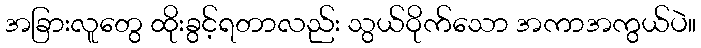
အခြားလူတွေ ထိုးခွင့်ရတာလည်း သွယ်ဝိုက်သော အကာအကွယ်ပဲ။